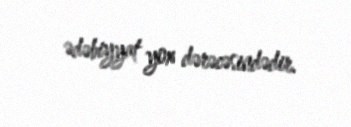
ədəbiyyat yox dərəcəsindədir.